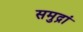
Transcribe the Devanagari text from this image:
समुद्रां